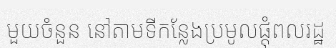
មួយចំនួន នៅតាមទីកន្លែងប្រមូលផ្តុំពលរដ្ឋ